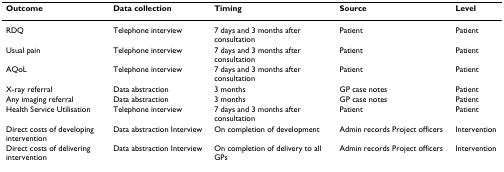
<table><thead><tr><td><b>Outcome</b></td><td><b>Data collection</b></td><td><b>Timing</b></td><td><b>Source</b></td><td><b>Level</b></td></tr></thead><tbody><tr><td>RDQ</td><td>Telephone interview</td><td>7 days and 3 months after consultation</td><td>Patient</td><td>Patient</td></tr><tr><td>Usual pain</td><td>Telephone interview</td><td>7 days and 3 months after consultation</td><td>Patient</td><td>Patient</td></tr><tr><td>AQoL</td><td>Telephone interview</td><td>7 days and 3 months after consultation</td><td>Patient</td><td>Patient</td></tr><tr><td>X-ray referral</td><td>Data abstraction</td><td>3 months</td><td>GP case notes</td><td>Patient</td></tr><tr><td>Any imaging referral</td><td>Data abstraction</td><td>3 months</td><td>GP case notes</td><td>Patient</td></tr><tr><td>Health Service Utilisation</td><td>Telephone interview</td><td>7 days and 3 months after consultation</td><td>Patient</td><td>Patient</td></tr><tr><td>Direct costs of developing intervention</td><td>Data abstraction Interview</td><td>On completion of development</td><td>Admin records Project officers</td><td>Intervention</td></tr><tr><td>Direct costs of delivering intervention</td><td>Data abstraction Interview</td><td>On completion of delivery to all GPs</td><td>Admin records Project officers</td><td>Intervention</td></tr></tbody></table>